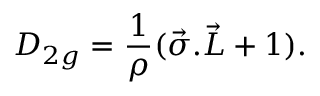
{ \cal D } _ { 2 g } = \frac { 1 } { \rho } ( \vec { \sigma } . \vec { \cal L } + 1 ) .